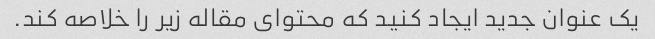
یک عنوان جدید ایجاد کنید که محتوای مقاله زیر را خلاصه کند.